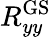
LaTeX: R_{yy}^{\mathrm{GS}}